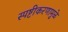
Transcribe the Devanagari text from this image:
स्पष्टीकरणामुळे